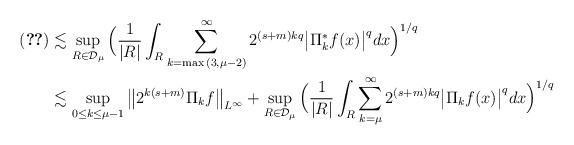
LaTeX: \begin{align*}(\ref{ddd})&\lesssim \sup_{R\in\mathcal{D}_{\mu}}\Big( \frac{1}{|R|}\int_R\sum_{k=\max{(3,\mu-2)}}^{\infty}{2^{(s+m)kq}\big|\Pi^*_kf(x)\big|^q}dx\Big)^{1/q} \\&\lesssim \sup_{0\leq k\leq \mu-1}{\big\Vert 2^{k(s+m)}\Pi_kf\big\Vert_{L^{\infty}}} +\sup_{R\in\mathcal{D}_{\mu}}\Big(\frac{1}{|R|}\int_R\sum_{k=\mu}^{\infty}{2^{(s+m)kq} \big|\Pi_kf(x) \big|^q} dx\Big)^{1/q}\end{align*}